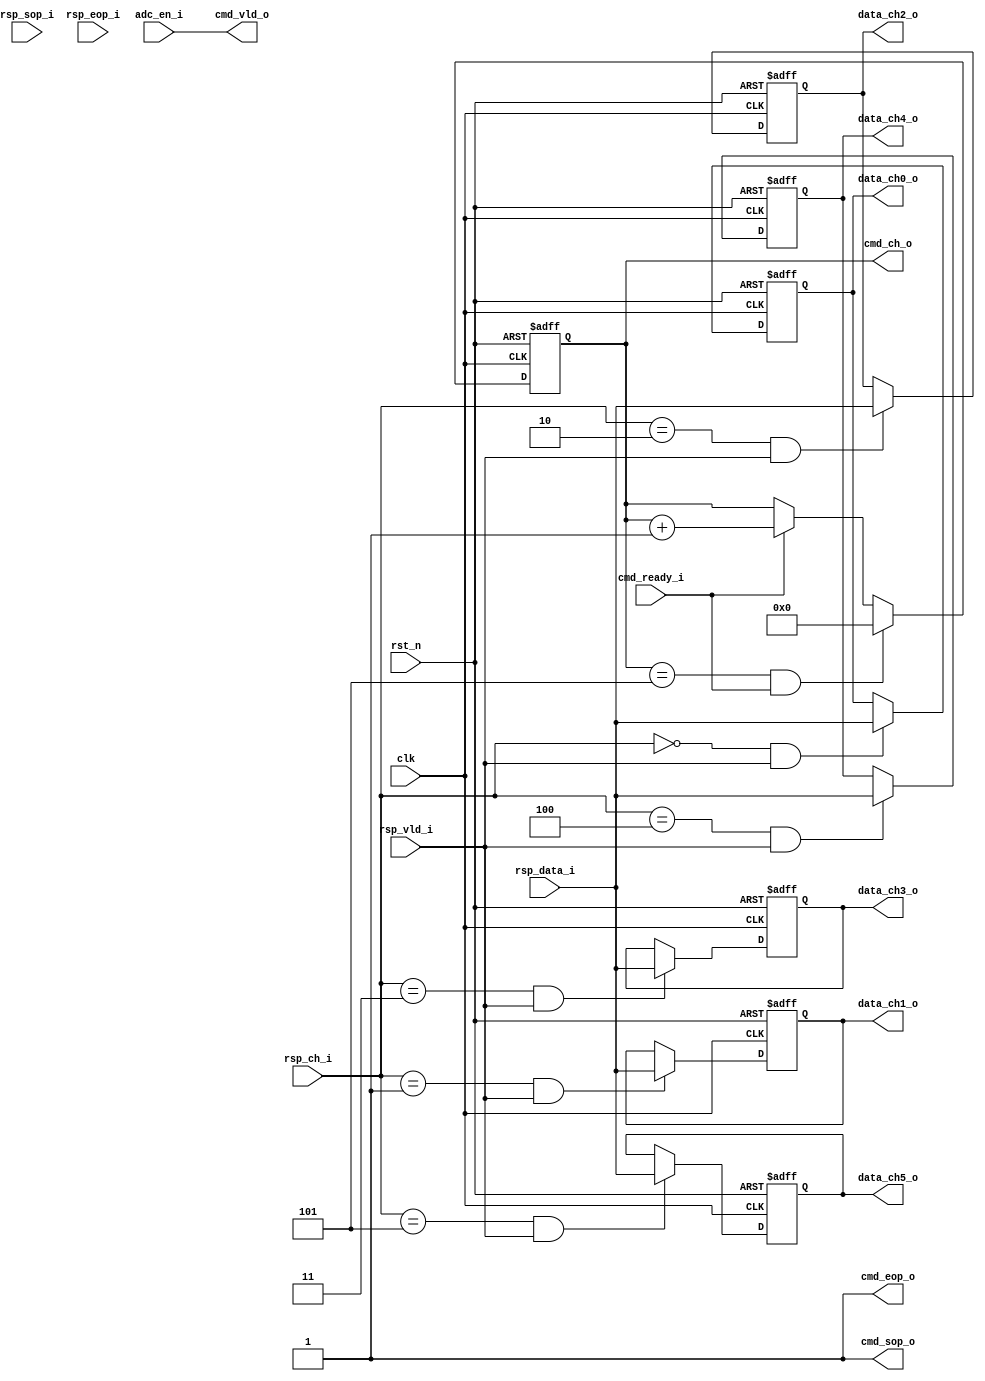
// SPDX-FileCopyrightText: 2022 SH CONSULTING K.K.
//
// Licensed under the Apache License, Version 2.0 (the "License");
// you may not use this file except in compliance with the License.
// You may obtain a copy of the License at
//
//      http://www.apache.org/licenses/LICENSE-2.0
//
// Unless required by applicable law or agreed to in writing, software
// distributed under the License is distributed on an "AS IS" BASIS,
// WITHOUT WARRANTIES OR CONDITIONS OF ANY KIND, either express or implied.
// See the License for the specific language governing permissions and
// limitations under the License.
// SPDX-License-Identifier: Apache-2.0

//////////////////////////////////////////////////////////////////////////////////
//
//  SH Consulting
//
// Description     : control reading 6 ADC channels 
//					
//
// History (Date, Changed By)
//
//////////////////////////////////////////////////////////////////////////////////
module bldc_adc_ctrl
    (
    clk,
    rst_n,
    //--------------------------------------
    //ADC interface
    cmd_vld_o, //Command valid
    cmd_ch_o, // command channel
    cmd_sop_o,
    cmd_eop_o,
    cmd_ready_i,//Command ready
    rsp_sop_i,
    rsp_eop_i,
    rsp_vld_i,//Response valid
    rsp_ch_i,//Response channel
    rsp_data_i,//Response data
    //--------------------------------------
    //Configuration interface
    adc_en_i,
    data_ch0_o,//chanel 0, Iu 
    data_ch1_o,//chanel 1, Iv 
    data_ch2_o,//chanel 2, Iw 
    data_ch3_o,//chanel 3, Vu 
    data_ch4_o,//chanel 4, Vv 
    data_ch5_o //chanel 5, Vw 
    );
//-----------------------------------------------------------------------------
//Parameter
parameter IDLE = 3'd0;
parameter CONVST = 3'd1;
parameter CONV = 3'd2;
parameter READ = 3'd3;
parameter HCONVST = 3'd4;

//-----------------------------------------------------------------------------
//Port
input                clk;
input                rst_n;
//--------------------------------------
//ADC interface
output               cmd_vld_o; //Command valid
output [4:0]         cmd_ch_o;// command channel
output               cmd_sop_o;
output               cmd_eop_o;
input                cmd_ready_i;//Command ready
input                rsp_sop_i;
input                rsp_eop_i;
input                rsp_vld_i;//Response valid
input [4:0]          rsp_ch_i;//Response channel
input [11:0]         rsp_data_i;//Response data
//--------------------------------------
//Configuration interface
input                adc_en_i;
output [11:0]        data_ch0_o;//chanel 0, Iu 
output [11:0]        data_ch1_o;//chanel 1, Iv 
output [11:0]        data_ch2_o;//chanel 2, Iw 
output [11:0]        data_ch3_o;//chanel 3, Vu 
output [11:0]        data_ch4_o;//chanel 4, Vv 
output [11:0]        data_ch5_o;//chanel 5, Vw 
//-----------------------------------------------------------------------------
//Internal variable
reg [11:0]           data_ch0_o;
reg [11:0]           data_ch1_o;
reg [11:0]           data_ch2_o;
reg [11:0]           data_ch3_o;
reg [11:0]           data_ch4_o;
reg [11:0]           data_ch5_o;
reg [4:0]            cmd_ch_o;

wire [4:0]           nxt_cmd_ch;
wire                 clr_cmd_ch;
wire                 cmd_ch_is5;
wire                 rsp_ch_is0;
wire                 rsp_ch_is1;
wire                 rsp_ch_is2;
wire                 rsp_ch_is3;
wire                 rsp_ch_is4;
wire                 rsp_ch_is5;
wire                 ch0_data_vld;
wire                 ch1_data_vld;
wire                 ch2_data_vld;
wire                 ch3_data_vld;
wire                 ch4_data_vld;
wire                 ch5_data_vld;
wire [11:0]          nxt_data_ch0;
wire [11:0]          nxt_data_ch1;
wire [11:0]          nxt_data_ch2;
wire [11:0]          nxt_data_ch3;
wire [11:0]          nxt_data_ch4;
wire [11:0]          nxt_data_ch5;

//-----------------------------------------------------------------------------
//Control valid, start of packet, end of packet
assign cmd_sop_o = 1'b1;//ignore in adc_control core
assign cmd_eop_o = 1'b1;//ignore in adc_control core
assign cmd_vld_o = adc_en_i;//Continuesed send command
//-----------------------------------------------------------------------------
//Control reading channel
assign clr_cmd_ch = cmd_ch_is5 & cmd_ready_i;
assign nxt_cmd_ch = clr_cmd_ch ? 5'd0 :
                    cmd_ready_i ? (cmd_ch_o + 1'b1) : cmd_ch_o;


always @(posedge clk or negedge rst_n)
    begin
    if(!rst_n)   
        cmd_ch_o <= 5'd0;
    else  
        cmd_ch_o <= nxt_cmd_ch; 
    end

assign cmd_ch_is5 = (cmd_ch_o == 5'd5);
//-----------------------------------------------------------------------------
//Capture reading data
assign rsp_ch_is0 = (rsp_ch_i == 5'd0);
assign rsp_ch_is1 = (rsp_ch_i == 5'd1);
assign rsp_ch_is2 = (rsp_ch_i == 5'd2);
assign rsp_ch_is3 = (rsp_ch_i == 5'd3);
assign rsp_ch_is4 = (rsp_ch_i == 5'd4);
assign rsp_ch_is5 = (rsp_ch_i == 5'd5);
assign ch0_data_vld = rsp_ch_is0 & rsp_vld_i;
assign ch1_data_vld = rsp_ch_is1 & rsp_vld_i;
assign ch2_data_vld = rsp_ch_is2 & rsp_vld_i;
assign ch3_data_vld = rsp_ch_is3 & rsp_vld_i;
assign ch4_data_vld = rsp_ch_is4 & rsp_vld_i;
assign ch5_data_vld = rsp_ch_is5 & rsp_vld_i;
//-----------------------------------------------------------------------------
//Channel 0 Data
assign nxt_data_ch0 = ch0_data_vld ? rsp_data_i : data_ch0_o; 

always @(posedge clk or negedge rst_n)
    begin
    if(!rst_n)   
        data_ch0_o <= 12'd0;
    else  
        data_ch0_o <= nxt_data_ch0; 
    end
//-----------------------------------------------------------------------------
//Channel 1 Data
assign nxt_data_ch1 = ch1_data_vld ? rsp_data_i : data_ch1_o; 

always @(posedge clk or negedge rst_n)
    begin
    if(!rst_n)   
        data_ch1_o <= 12'd0;
    else  
        data_ch1_o <= nxt_data_ch1; 
    end
//-----------------------------------------------------------------------------
//Channel 2 Data
assign nxt_data_ch2 = ch2_data_vld ? rsp_data_i : data_ch2_o; 

always @(posedge clk or negedge rst_n)
    begin
    if(!rst_n)   
        data_ch2_o <= 12'd0;
    else  
        data_ch2_o <= nxt_data_ch2; 
    end
//-----------------------------------------------------------------------------
//Channel 3 Data
assign nxt_data_ch3 = ch3_data_vld ? rsp_data_i : data_ch3_o; 

always @(posedge clk or negedge rst_n)
    begin
    if(!rst_n)   
        data_ch3_o <= 12'd0;
    else  
        data_ch3_o <= nxt_data_ch3; 
    end
//-----------------------------------------------------------------------------
//Channel 4 Data
assign nxt_data_ch4 = ch4_data_vld ? rsp_data_i : data_ch4_o; 

always @(posedge clk or negedge rst_n)
    begin
    if(!rst_n)   
        data_ch4_o <= 12'd0;
    else  
        data_ch4_o <= nxt_data_ch4; 
    end
//-----------------------------------------------------------------------------
//Channel 4 Data
assign nxt_data_ch5 = ch5_data_vld ? rsp_data_i : data_ch5_o; 

always @(posedge clk or negedge rst_n)
    begin
    if(!rst_n)   
        data_ch5_o <= 12'd0;
    else  
        data_ch5_o <= nxt_data_ch5; 
    end

endmodule